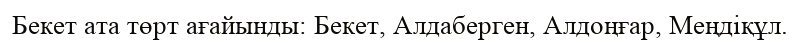
Бекет ата төрт ағайынды: Бекет, Алдаберген, Алдоңғар, Меңдіқұл.